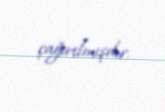
çağırılmışdır.